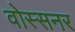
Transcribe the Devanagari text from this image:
वोस्सनर